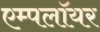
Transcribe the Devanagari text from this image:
एम्पलॉयर